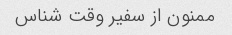
ممنون از سفیر وقت شناس